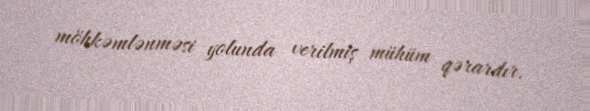
möhkəmlənməsi yolunda verilmiş mühüm qərardır.